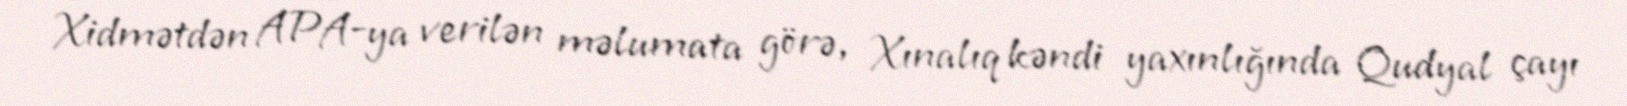
Xidmətdən APA-ya verilən məlumata görə, Xınalıq kəndi yaxınlığında Qudyal çayı